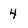
Character: 4